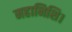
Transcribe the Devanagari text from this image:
महानिशि।